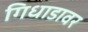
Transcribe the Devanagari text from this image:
गिधाडावर